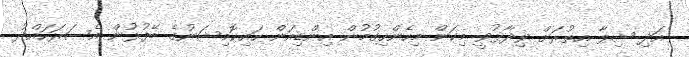
އަދި ޝިފާ އިތުރަށް ވިދާޅުވީ މިކަން މިހެންހިގުމުން އިންޑިއަން ހައިކޮމިޝަނުގެ ބޭފުޅުން އެސަރަހައްދު